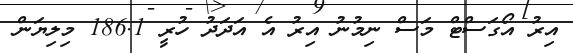
އިރު އޯގަސްޓް މަސް ނިމުނު އިރު އެ އަދަދު ހުރީ 186.1 މިލިޔަން